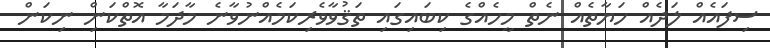
ސިފައެއް ލަދެއް ހަޔާތެއް ނެތް މީހެއްގެ ކިބައިގައި ތަޤުވާވެރިކަމެއްނުވާނެ މާދަމާ އޮތްކަންި ނިކަން